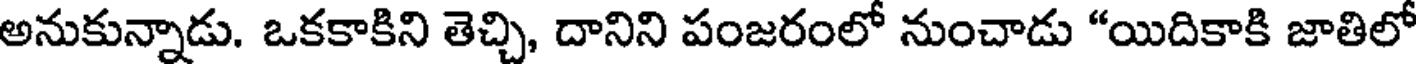
అనుకున్నాడు. ఒకకాకిని తెచ్చి, దానిని పంజరంలో నుంచాడు "యిదికాకి జాతిలో